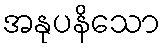
အနုပနိသော